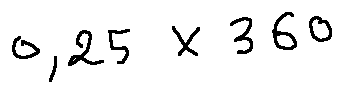
0 , 2 5 \times 3 6 0